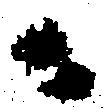
ニ